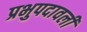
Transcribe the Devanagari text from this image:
प्रभुपदावली